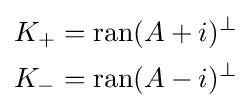
{\begin{aligned}K_{+}&=\operatorname {ran} (A+i)^{\perp }\\K_{-}&=\operatorname {ran} (A-i)^{\perp }\end{aligned}}